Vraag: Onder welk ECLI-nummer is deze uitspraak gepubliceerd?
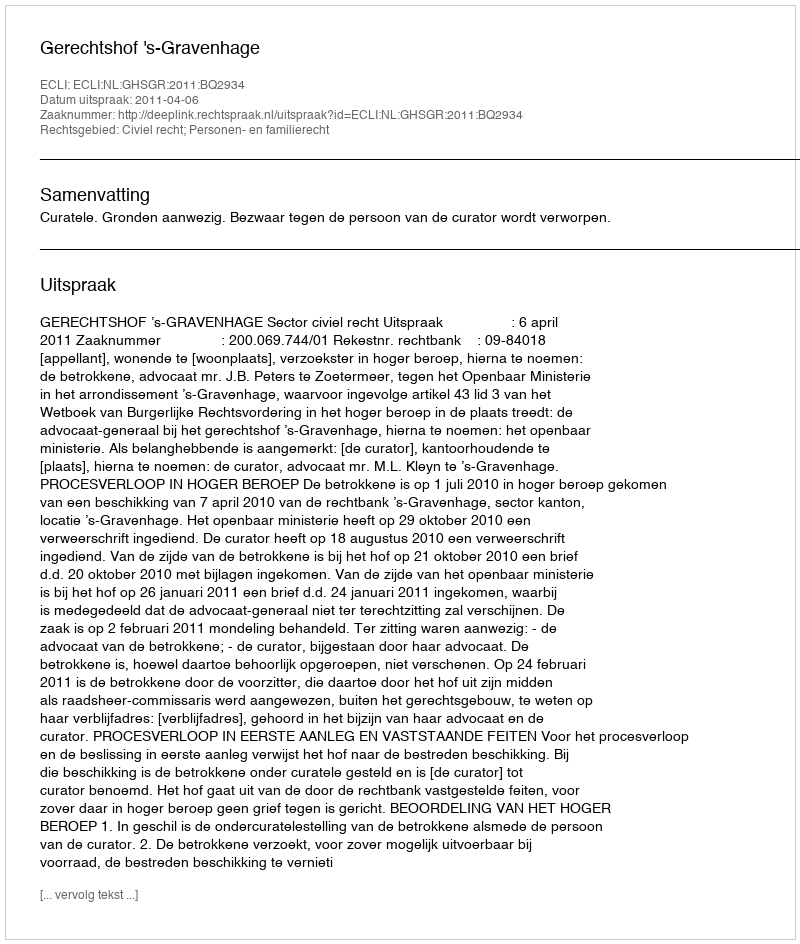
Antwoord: ECLI:NL:GHSGR:2011:BQ2934